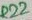
Text: R22